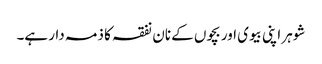
شوہر اپنی بیوی اور بچوں کے نان نفقہ کا ذمہ دار ہے۔